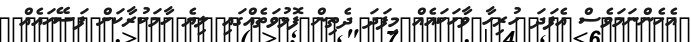
އެހެންނަމަވެސް އެފަދަ ހުރިހާ ވާހަކައެއް މިފަދަ ދެތިން ފޮޅުވަތެއްގައި ލިޔެ ހާމަކުރާކަށް ފަސޭހައެއް